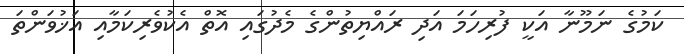
ކަމުގެ ނަމޫނާ އަކީ ފުރިހަމަ އަދި ރައްޔިތުންގެ މެދުގައި އޮތް އެކުވެރިކަމާއި އަޚުވަންތަ